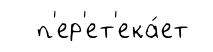
п'ер'ет'ека́ет